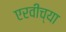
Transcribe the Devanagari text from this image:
एरवीच्या